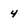
Character: 4